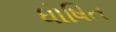
ધોષિત